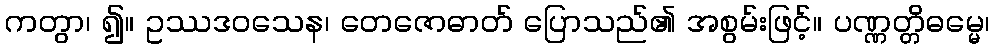
ကတွာ၊ ၍။ ဥဿဒဝသေန၊ တေဇောဓာတ် ပြောသည်၏ အစွမ်းဖြင့်။ ပဏ္ဏတ္တိဓမ္မေ၊